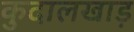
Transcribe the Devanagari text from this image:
कुदालखाड़